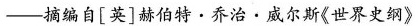
——摘编自[英]赫伯特·乔治·威尔斯《世界史纲》